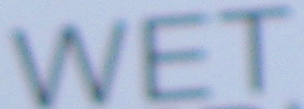
WET